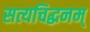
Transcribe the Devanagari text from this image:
सत्यचिद्धनम्